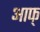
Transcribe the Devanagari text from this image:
आफ्‌